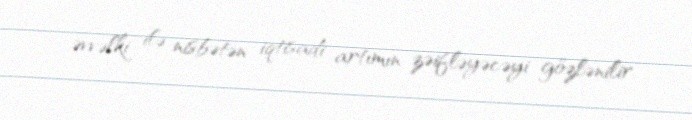
əvvəlki ilə nisbətən iqtisadi artımın zəifləyəcəyi gözlənilir.